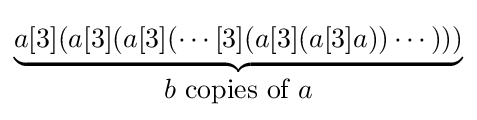
\underbrace {a[3](a[3](a[3](\cdots [3](a[3](a[3]a))\cdots )))} _{\displaystyle b{\mbox{ copies of }}a}